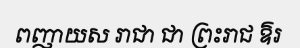
ពញាយស រាជា ជា ព្រះរាជ ឱរ